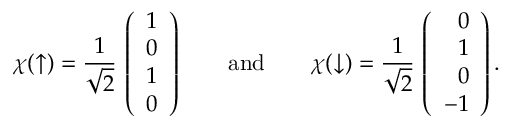
\chi ( \uparrow ) = { \frac { 1 } { \sqrt { 2 } } } \, \left( \begin{array} { r } { { 1 } } \\ { { 0 } } \\ { { 1 } } \\ { { 0 } } \end{array} \right) \qquad \mathrm { a n d } \qquad \chi ( \downarrow ) = { \frac { 1 } { \sqrt { 2 } } } \, \left( \begin{array} { r } { { 0 } } \\ { { 1 } } \\ { { 0 } } \\ { { - 1 } } \end{array} \right) .